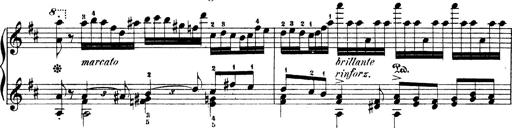
Title: Illustrations de l'opÃ©ra L'Africaine
Composer: Franz Liszt